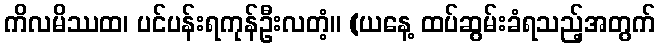
ကိလမိဿထ၊ ပင်ပန်းရကုန်ဦးလတံ့။ (ယနေ့ ထပ်ဆွမ်းခံရသည့်အတွက်